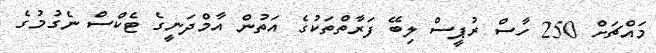
މައްޗަށް 250 ހާސް ރުޕީސް ލިބޭ ފަރާތްތަކުގެ އަތުން އާމްދަނީގެ ޓެކްސް ނެގުމުގެ